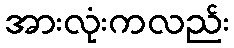
အားလုံးကလည်း